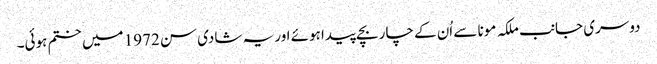
دوسری جانب ملکہ مونا سے اُن کے چار بچے پیدا ہوئے اور یہ شادی سن 1972 میں ختم ہوئی۔